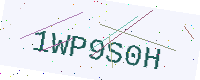
Text: 1WP9S0H